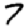
Digit: 7